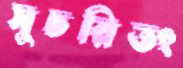
সুচরিতং